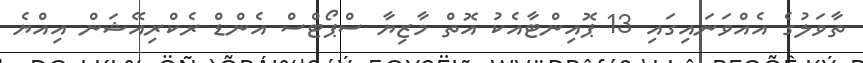
ތާވަލުގެ އެއްވަނައިގައި 13 ޕޮއިންޓާއެކު އޮތް މާޒިޔާ ސްޕޯޓްސް އެންޑް ރެކްރިއޭޝަން އިއްޔެ